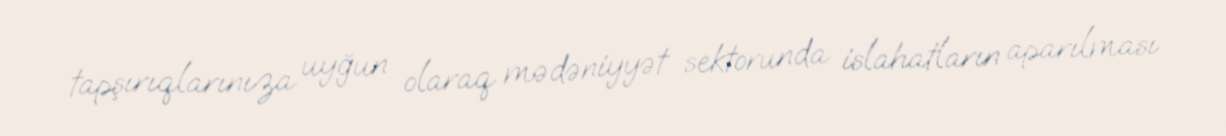
tapşırıqlarınıza uyğun olaraq mədəniyyət sektorunda islahatların aparılması